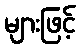
များဖြင့်